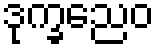
ဒုက္ခညေဝ